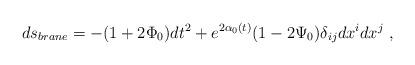
LaTeX: \begin{align*}ds_{brane}=-(1+2 \Phi_0) dt^2+e^{2\alpha_0(t)}(1-2 \Psi_0) \delta_{ij} dx^i dx^j \ ,\end{align*}